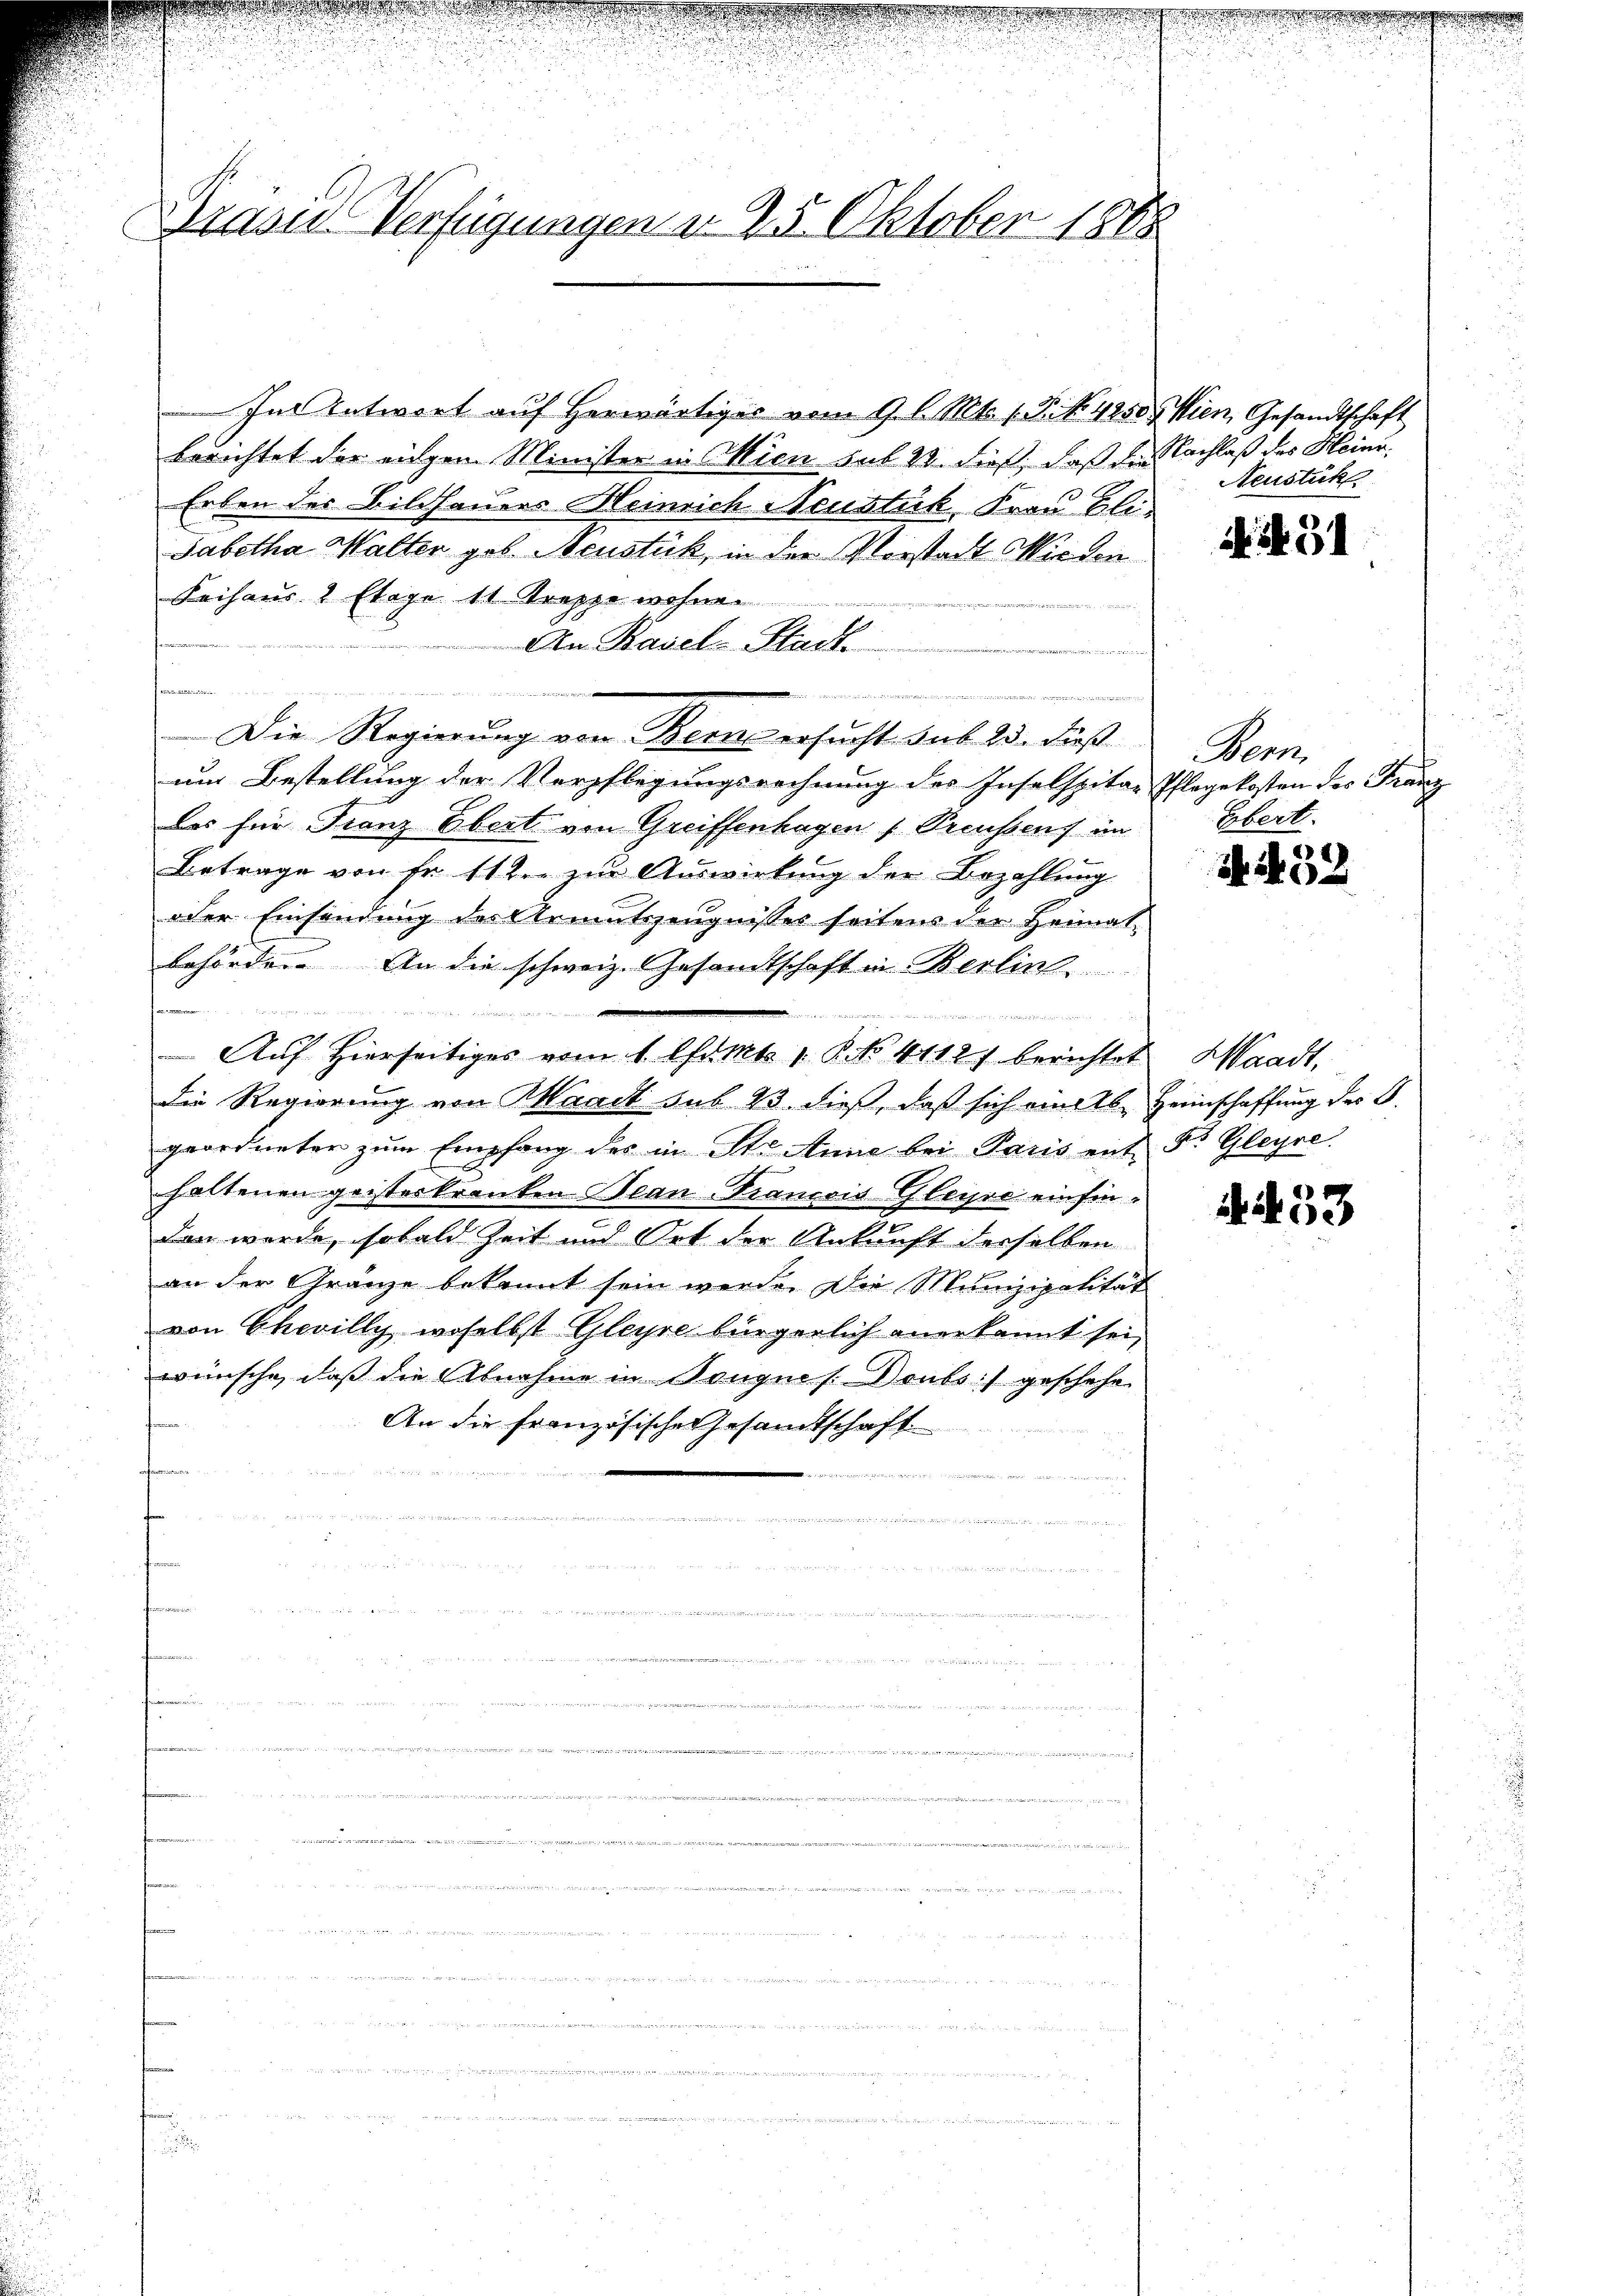
Präside Verfügungen n 25. Oktober 1888

.22 2
u

.

des Erfurtiert u.
in von
ennerung der

Ins Entwort auf herwärtiges vom 9. d. Mts. 1. P. Nr. 4250. Wien, Gesandtschaft
berichtet der eigen Minister in Wien sub 23. dieß, daß der Nachlaß des Heinr
Erben des Bildhauers Heinrich Neustik, Frau Eli¬
Sabetha Walter geb. Neustick, in der Vorstadt Wirten
Feihaus 1 Etage 11 Treppe wohn
An Basel-Stadt
e
n
tchart hat de
.

Die Regierung von Berns ersucht sub 23. dieß
um Bestellung der Verpflegungsrechnung des Inselspitar Pflegekosten des Franz
das für Franz Ebert von Greiffenhagen (Preussens im
Betrage von Fr. 112. zur Auswirkung der Bezahlung
oder Einsendung des Armutszeugnisses seitens der Heimat-
behörden. An die schweiz. Gesandtschaft in Berlin
f ce concerner

Auf Hierseitiges vom 1. Okt. 1 § 41121 berichtet, Waadt,
die Regierung von Waadt sub 23. dieß, daß sich am 26. Heimschaffung der E.
geordneter zŭm Empfang des in Str. Anne bei Paris ent 5. Gleyre
haltenen geisterkranken can Tranois Gleise einfindann werde, sobald Zeit und Ort der Ankunft derselben
an der Gränze bekannt sein werde. Die Munizipalität
von Chailly, woselbst Gleyre bürgerlich anerkannt sei,
wünsche, daß die Abnahme in Tongnis. Deuts) geschehe
fre
An die französische Gesandtschaft
t
m

n
n
mungen der Me
e

u
e

Neustük

A . 31

Dem
Ebert.

N. N. 39

. 53